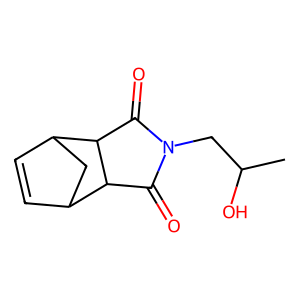
SMILES: CC(O)CN1C(=O)C2C3C=CC(C3)C2C1=O
Inhibits HIV replication: No